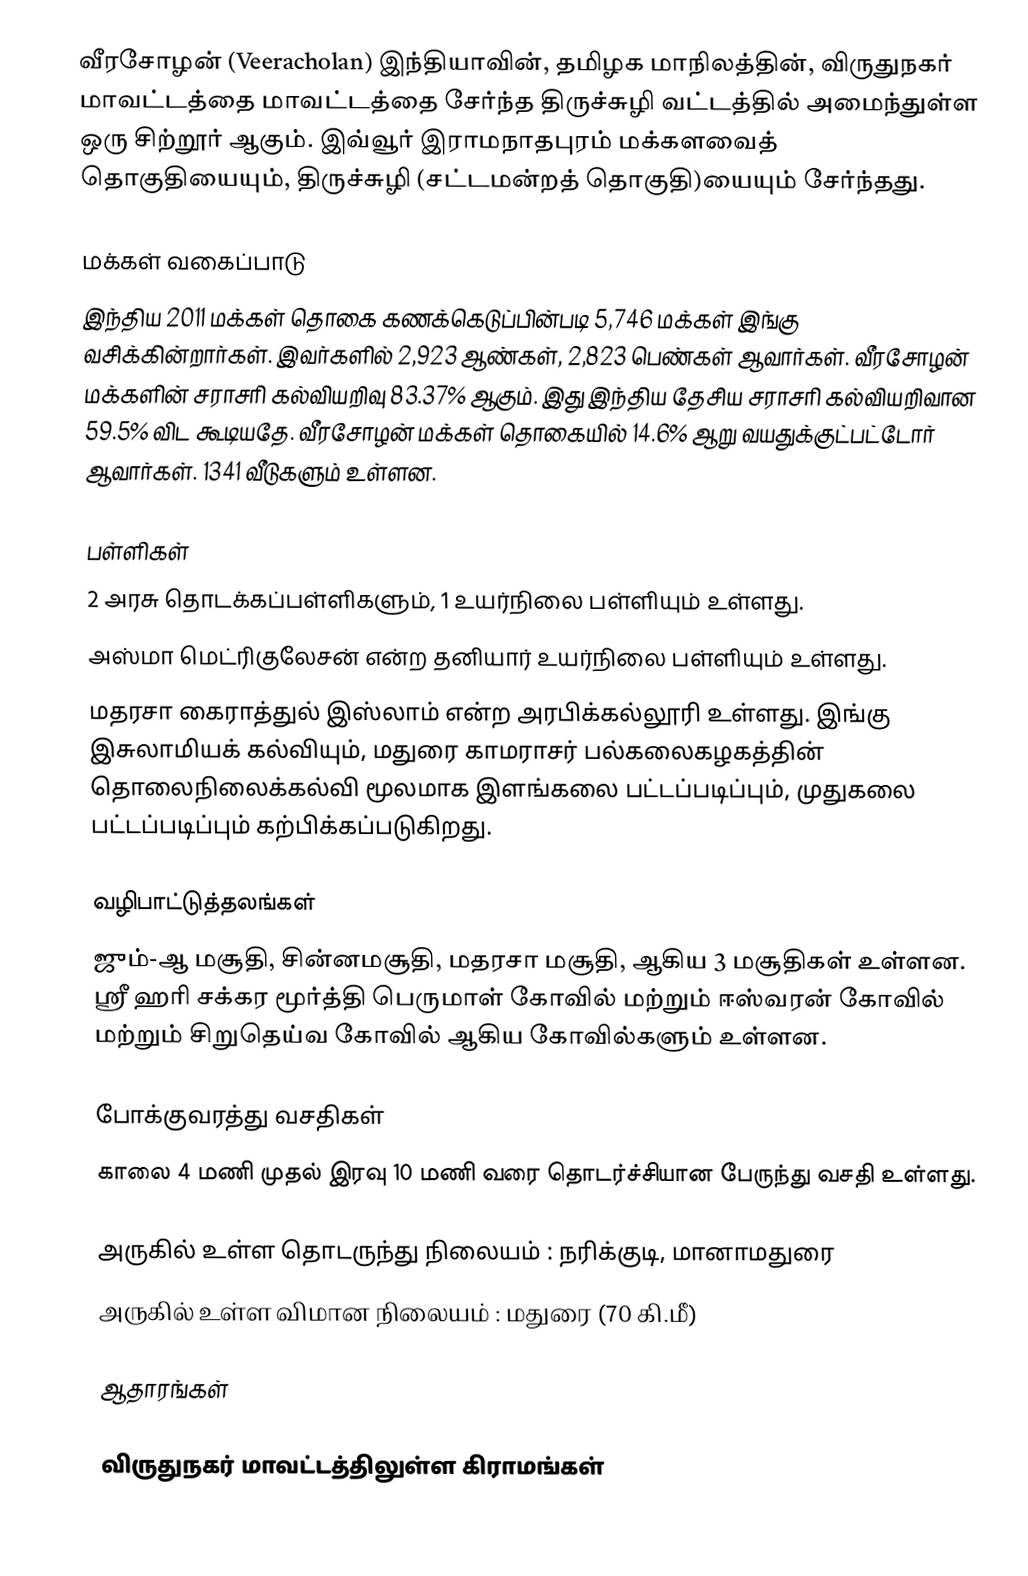
வீரசோழன் (Veeracholan)  இந்தியாவின், தமிழக மாநிலத்தின், விருதுநகர் மாவட்டத்தை மாவட்டத்தை சேர்ந்த  திருச்சுழி வட்டத்தில் அமைந்துள்ள ஒரு சிற்றூர் ஆகும். இவ்வூர் இராமநாதபுரம் மக்களவைத் தொகுதியையும், திருச்சுழி (சட்டமன்றத் தொகுதி)யையும் சேர்ந்தது.

மக்கள் வகைப்பாடு
இந்திய 2011 மக்கள் தொகை கணக்கெடுப்பின்படி 5,746 மக்கள் இங்கு வசிக்கின்றார்கள்.  இவர்களில் 2,923 ஆண்கள், 2,823 பெண்கள் ஆவார்கள். வீரசோழன் மக்களின் சராசரி கல்வியறிவு 83.37% ஆகும். இது இந்திய தேசிய சராசரி கல்வியறிவான 59.5% விட கூடியதே. வீரசோழன் மக்கள் தொகையில் 14.6% ஆறு வயதுக்குட்பட்டோர் ஆவார்கள். 1341 வீடுகளும் உள்ளன.

பள்ளிகள்
 2 அரசு தொடக்கப்பள்ளிகளும், 1 உயர்நிலை பள்ளியும் உள்ளது.
 அஸ்மா மெட்ரிகுலேசன் என்ற தனியார் உயர்நிலை பள்ளியும் உள்ளது.
 மதரசா கைராத்துல் இஸ்லாம் என்ற அரபிக்கல்லூரி உள்ளது. இங்கு இசுலாமியக் கல்வியும், மதுரை காமராசர் பல்கலைகழகத்தின் தொலைநிலைக்கல்வி மூலமாக இளங்கலை பட்டப்படிப்பும், முதுகலை பட்டப்படிப்பும் கற்பிக்கப்படுகிறது.

வழிபாட்டுத்தலங்கள்
ஜும்-ஆ மசூதி,  சின்னமசூதி, மதரசா மசூதி, ஆகிய 3 மசூதிகள் உள்ளன.  ஸ்ரீ ஹரி சக்கர மூர்த்தி பெருமாள் கோவில் மற்றும் ஈஸ்வரன் கோவில் மற்றும்  சிறுதெய்வ கோவில் ஆகிய கோவில்களும் உள்ளன.

போக்குவரத்து வசதிகள்
காலை 4 மணி முதல் இரவு 10 மணி வரை தொடர்ச்சியான பேருந்து வசதி உள்ளது.

 அருகில் உள்ள தொடருந்து நிலையம் : நரிக்குடி, மானாமதுரை
 அருகில் உள்ள விமான நிலையம் : மதுரை (70 கி.மீ)

ஆதாரங்கள்

விருதுநகர் மாவட்டத்திலுள்ள கிராமங்கள்